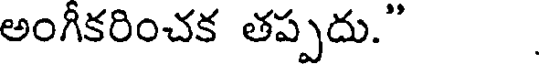
అంగీకరించక తప్పదు."